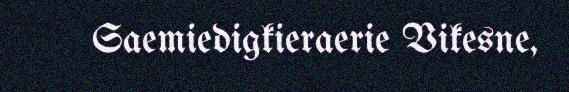
Saemiedigkieraerie Vikesne,